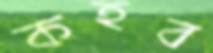
কহব